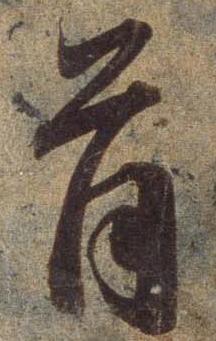
首